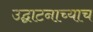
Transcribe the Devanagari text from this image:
उद्घाटनाच्याच